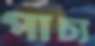
পাচ্য